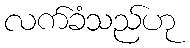
လက်ခံသည်ဟု